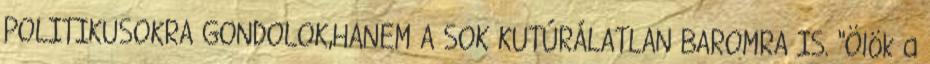
POLITIKUSOKRA GONDOLOK,HANEM A SOK KUTÚRÁLATLAN BAROMRA IS. "Ölök a